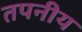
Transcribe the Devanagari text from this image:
तपनीय